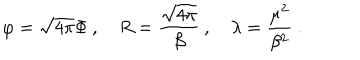
LaTeX: \varphi = \sqrt { 4 \pi } \Phi \: , \quad R = \displaystyle \frac { \sqrt { 4 \pi } } { \beta } \: , \quad \lambda = \displaystyle \frac { \mu ^ { 2 } } { \beta ^ { 2 } } \: .